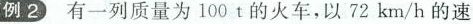
例2 有一列质量为100t的火车，以72km/h的速